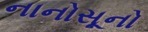
નાનોસૂનો